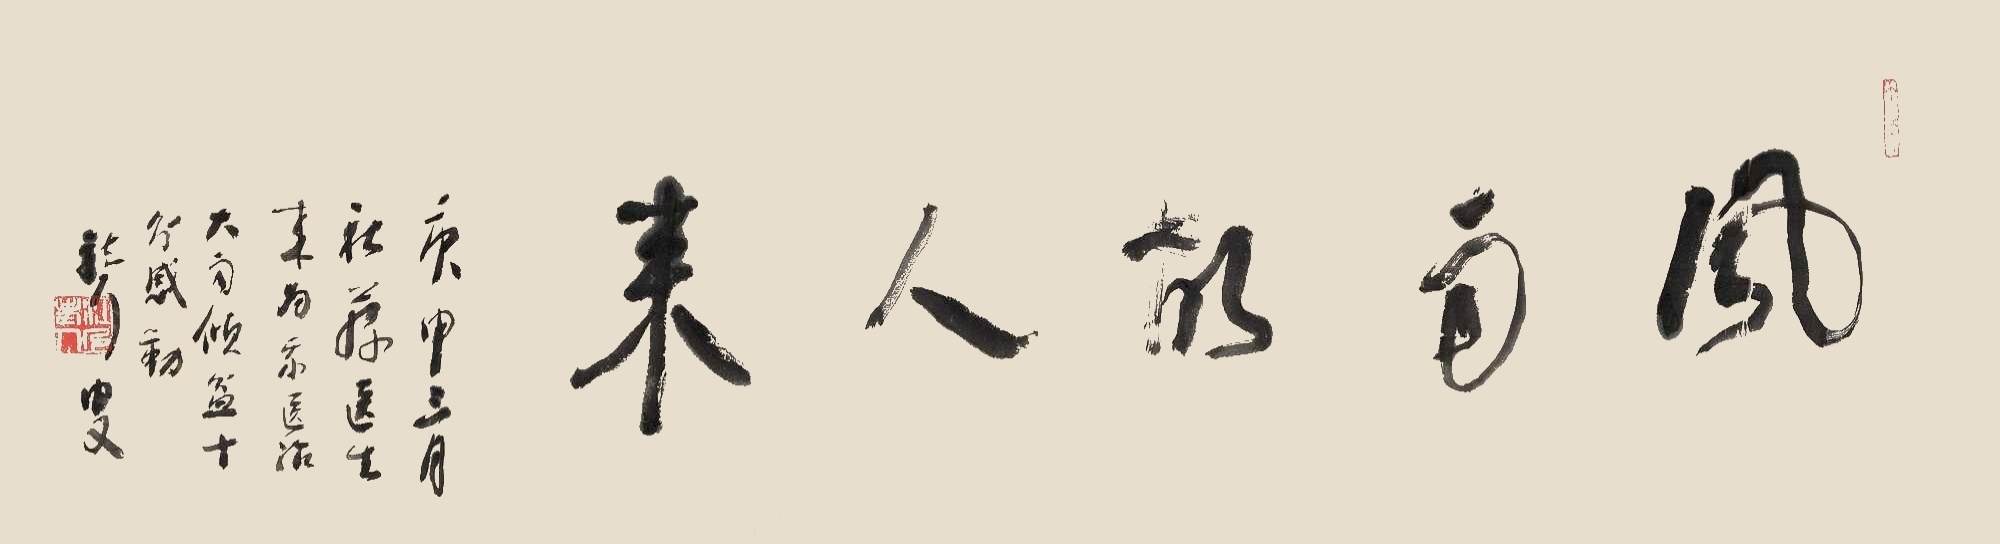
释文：风雨故人来。庚申三月秋荪医生来为我医治，大雨倾盆，十分感动。聋叟。